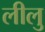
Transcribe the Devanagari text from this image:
लीलु